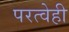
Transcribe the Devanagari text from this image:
परत्वेही